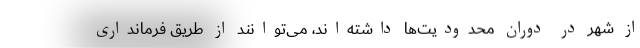
از شهر در دوران محدودیت‌ها داشته‌اند، می‌توانند از طریق فرمانداری